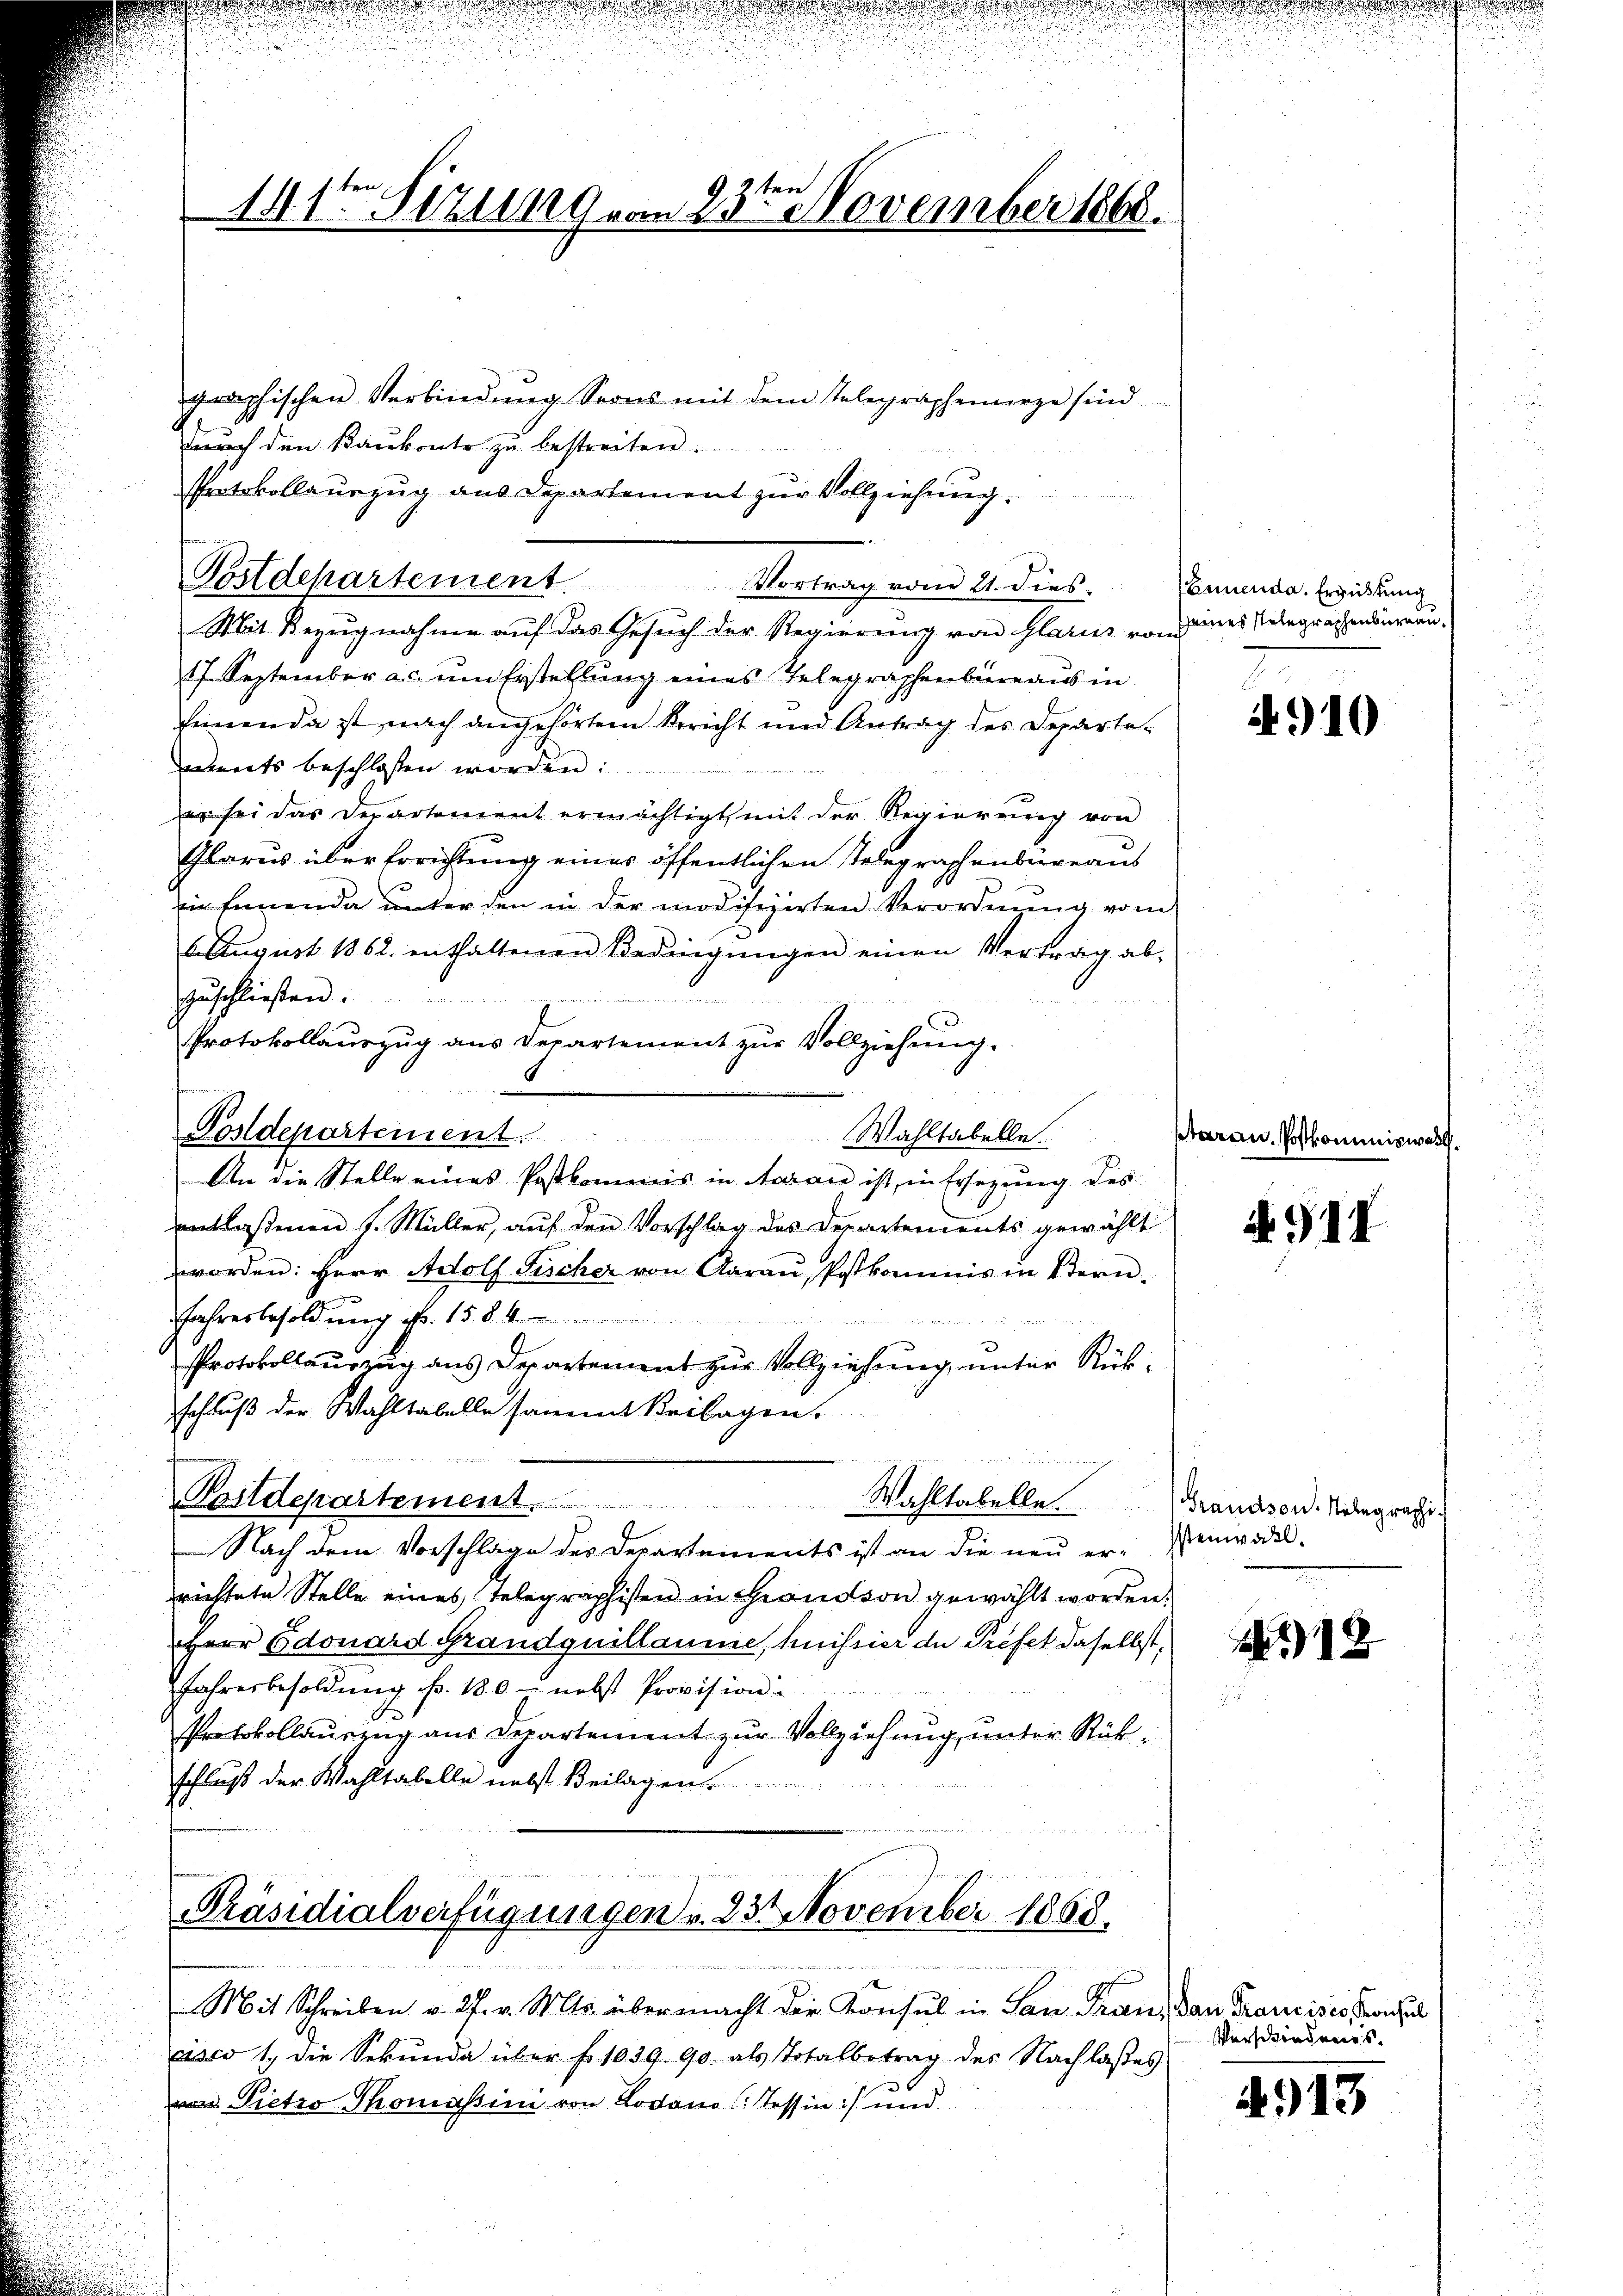
141te Sitzung vom 23ten November 1868.

Postdepartement. Vortrag vom 21. dies.

.

graphischen Verbindŭng Seons mit dem Telegraphenninge sind
Durch den Baukonto zu bestreiten.
Protokollauszug aus Departement zur Vollziehung.
Mit Bezugnahme auf das Gesuch der Regierung von Glarus von eines Telegraphenburgun
17 September a.c. um Erstellung eines Telegraphenbüreaus in
fienda ist nach angehörtem Bericht und Antrag des Departe-
eents beschlossen worden:
er sei das Departement ermächtigt mit der Regierung von
Glarus über Errichtung eines öffentlichen stelegraphenbüreaus
ein Einende unter den in der modifizirten Verordnŭng vom
6.August 1862 enthaltenen Bedingŭngen einen Vertrag ab-
zŭschließen.
Protokollauszug aus Departement zur Vollziehung.
Postdepartement.
Wahltabelle.
An die Stelle eines Postkommis in Aarau ist, in Ersezung des
entlaßenen J. Müller, auf den Vorschlag des Departements gewählt
worden: Herr Adolf Fischer von Aaraŭ, Postkommis in Bern.
JJahresbesoldung N. 158. 4

Protokollauszug aus Departement zur Vollziehung unter Rückschluß der Wahltabelle sammt Verlagen.

Bitdepartement. Wahltabelle
Nach dem Vorschlage des Departements ist an die neŭ er-enwodel.
richtete Stelle eines Telegraphisten in Grandson gewählt worden.
HHerr Edouard Grandquillaume, heissier de Préfet daselbst,
Jahresbesoldung fr. 180 - nebst Provision
Protokollauszug aus Departement zur Vollziehung, unter Rükschluß der Wahltabelle nebst Beilagen.

Präsidialverfügungen v. 230 November 1868.

Mit Schreiben v. 27. v. Mts. übermacht der Konsul in San Frau, dann Francises Konsul
asco 1. die Sekŭnda über f. 1039. 90. als Totalbetrag des Nachlasses
von Pietro Thomassin von Lodono tessin:/ und

Emmenda. Ergüstung

4910

ptarau Postkommiswas

A 911

Grandson. Telegraphi

112

Verschiedens

A913

1